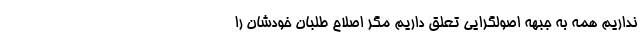
نداریم همه به جبهه اصولگرایی تعلق داریم مگر اصلاح طلبان خودشان را